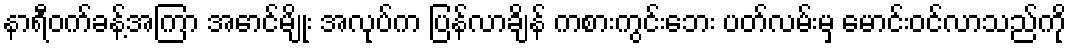
နာရီဝက်ခန့်အကြာ အောင်မျိုး အလုပ်က ပြန်လာချိန် ကစားကွင်းဘေး ပတ်လမ်းမှ မောင်းဝင်လာသည်ကို